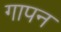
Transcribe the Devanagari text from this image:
गापन